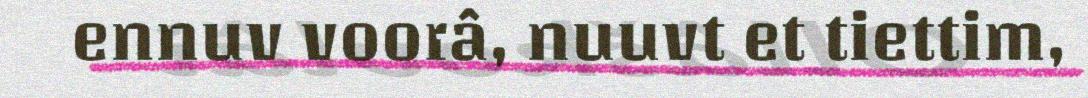
ennuv voorâ, nuuvt et tiettim,